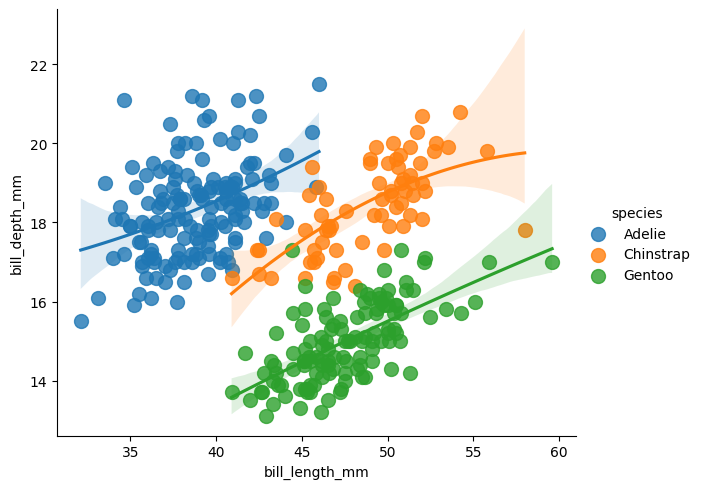
python, seaborn, lmplot, aspect=1.2, order=2, markers='o'